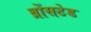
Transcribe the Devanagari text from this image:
ब्रोंसटेड